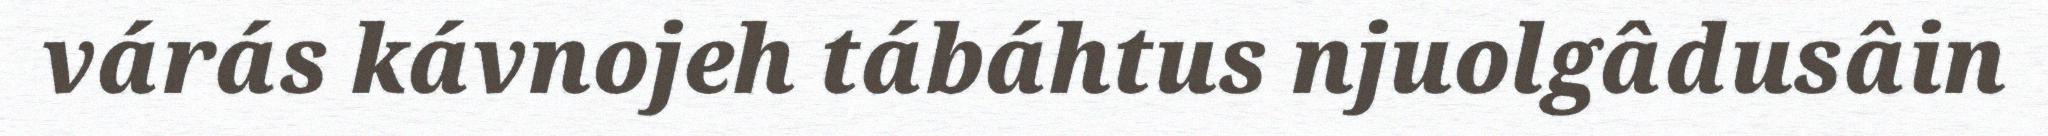
várás kávnojeh tábáhtus njuolgâdusâin